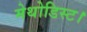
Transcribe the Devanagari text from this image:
मेथोडिस्ट।